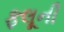
ફલૂની